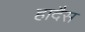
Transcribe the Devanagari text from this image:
हादैस